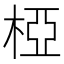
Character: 椏